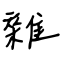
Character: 雜